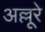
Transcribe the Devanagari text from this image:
अल्लूरे